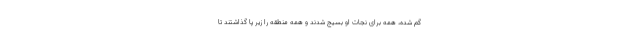
گم شده، همه برای نجات او بسیج شدند و همه منطقه را زیر پا گذاشتند تا